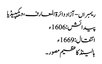
ریمبراں - آزاد دائرۃ المعارف، ویکیپیڈیا
پیدائش: 1606ء
انتقال: 1669ء
ہالینڈ کا عظیم مصور ۔